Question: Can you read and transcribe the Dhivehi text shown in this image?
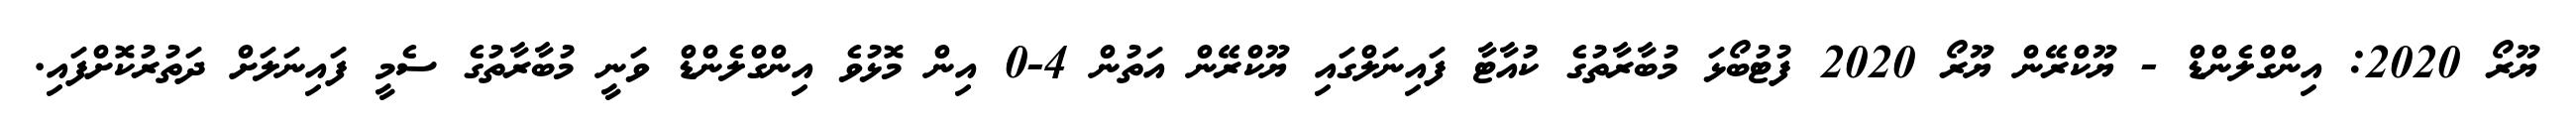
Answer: ޔޫރޯ 2020: އިންގްލެންޑް - ޔޫކްރޭން ޔޫރޯ 2020 ފުޓުބޯޅަ މުބާރާތުގެ ކުއާޓާ ފައިނަލްގައި ޔޫކްރޭން އަތުން 4-0 އިން މޮޅުވެ އިންގްލެންޑް ވަނީ މުބާރާތުގެ ސެމީ ފައިނަލަށް ދަތުރުކޮށްފައި.